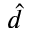
\hat { d }